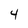
Character: 4